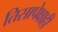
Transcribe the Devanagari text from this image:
तिसापेक्षाही